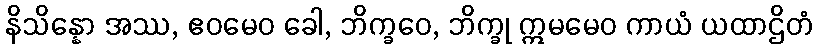
နိသိန္နော အဿ, ဧဝမေဝ ခေါ, ဘိက္ခဝေ, ဘိက္ခု ဣမမေဝ ကာယံ ယထာဌိတံ